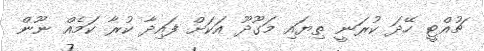
ޗުއްޓީ ހޭދަ ކުރަނީ ތިޔައި މަގޫދޫ އަކަށް ފައިދާ ކުރާ ކަމެއް ނޫން